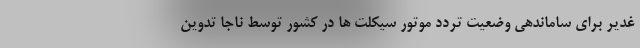
غدیر برای ساماندهی وضعیت تردد موتور سیکلت ها در کشور توسط ناجا تدوین